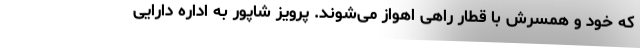
که خود و همسرش با قطار راهی اهواز می‌شوند. پرویز شاپور به اداره دارایی